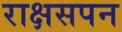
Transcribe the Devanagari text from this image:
राक्षसपन